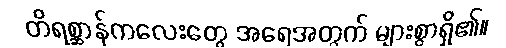
တိရစ္ဆာန်ကလေးတွေ အရေအတွက် များစွာရှိ၏။